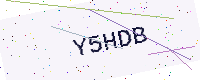
Text: Y5HDB